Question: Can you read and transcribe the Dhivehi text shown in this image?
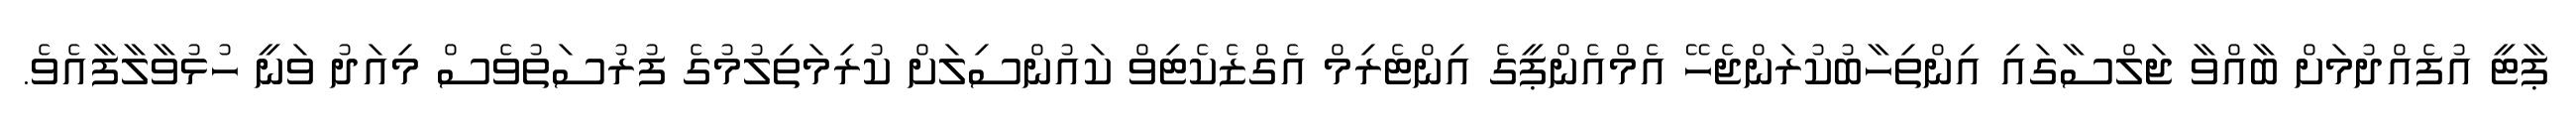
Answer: ޕާޓީ އުފެއްދުމަށް ބާއްވާ ޖަލްސާގައި އިންތިހާބުކުރަންޖެހޭ އެމްއެންޕީގެ އިންޓެރިމް އެގްޒެކެޓިވް ކައުންސިލަށް ކުރިމަތިލުމުގެ ފުރުސަތުވެސް މިއަދު ވަނީ ހުޅުވާލާފާއެވެ.